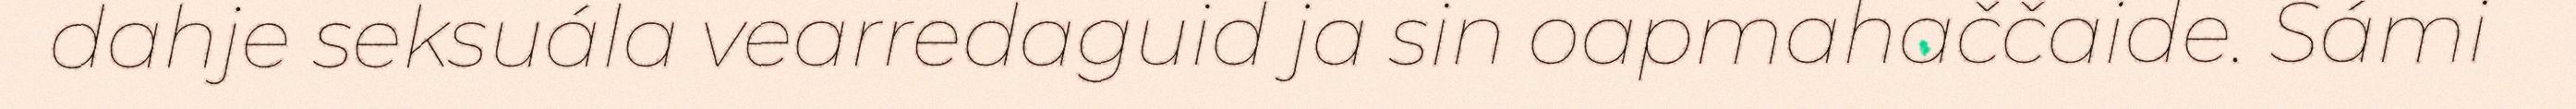
dahje seksuála vearredaguid ja sin oapmahaččaide. Sámi